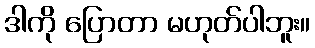
ဒါကို ပြောတာ မဟုတ်ပါဘူး။